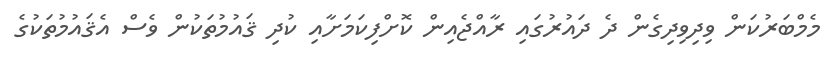
މެމްބަރުކަން ވިދިވިދިގެން ދެ ދައުރުގައި ރާއްޖެއިން ކޮށްފިކަމަށާއި ކުދި ޤައުމުތަކުން ވެސް އެޤައުމުތަކުގެ